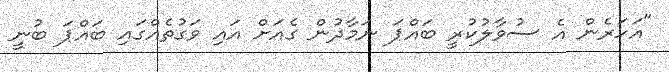
"އަހަރެން އެ ސުވާލުކުރީ ބައްޕަ ނަމާދުން ގެއަށް އައި ވަގުތެއްގައި ބައްޕަ ބުނީ